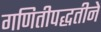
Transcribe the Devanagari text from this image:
गणितीपद्धतीने